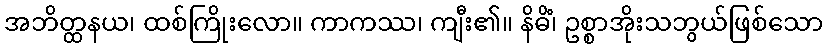
အဘိတ္ထနယ၊ ထစ်ကြိုးလော။ ကာကဿ၊ ကျီး၏။ နိဓိံ၊ ဥစ္စာအိုးသဘွယ်ဖြစ်သော